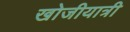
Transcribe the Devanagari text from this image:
खोजीयात्री